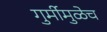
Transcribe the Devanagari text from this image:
गुर्मीमुळेच